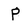
Character: P